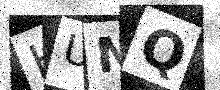
Text: HUNQ